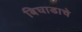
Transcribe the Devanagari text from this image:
बिघाडाचे